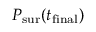
P _ { \mathrm { s u r } } ( t _ { \mathrm { f i n a l } } )